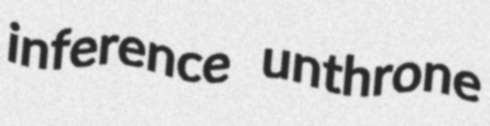
inference unthrone